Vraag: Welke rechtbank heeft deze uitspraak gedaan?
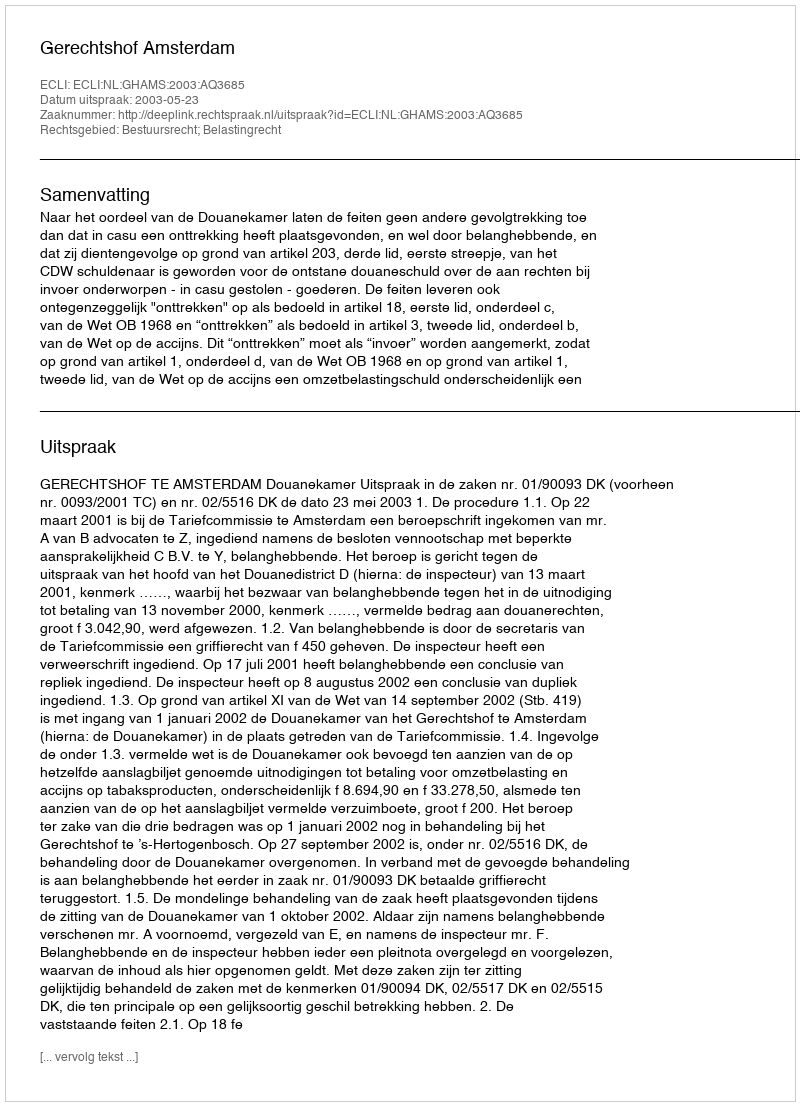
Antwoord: Gerechtshof Amsterdam